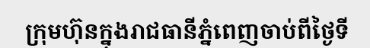
ក្រុមហ៊ុនក្នុងរាជធានីភ្នំពេញចាប់ពីថ្ងៃទី